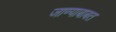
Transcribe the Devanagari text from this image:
जाण्याबाबत